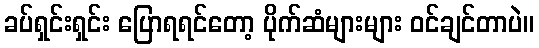
ခပ်ရှင်းရှင်း ပြောရရင်တော့ ပိုက်ဆံများများ ဝင်ချင်တာပဲ။